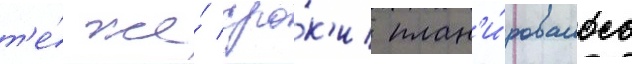
т'е́ же́ сро́к'и план'и́ровалось